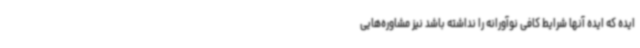
ایده که ایده آنها شرایط کافی نوآورانه را نداشته باشد نیز مشاوره‌هایی